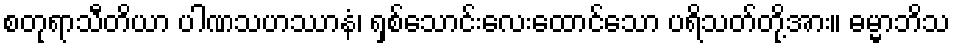
စတုရာသီတိယာ ပါဏသဟဿာနံ၊ ရှစ်သောင်းလေးထောင်သော ပရိသတ်တို့အား။ ဓမ္မာဘိသ